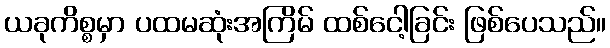
ယခုကိစ္စမှာ ပထမဆုံးအကြိမ် ထစ်ငေါ့ခြင်း ဖြစ်ပေသည်။